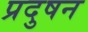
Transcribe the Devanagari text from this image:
प्रदुषन